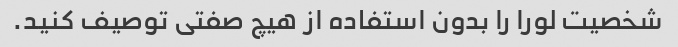
شخصیت لورا را بدون استفاده از هیچ صفتی توصیف کنید.